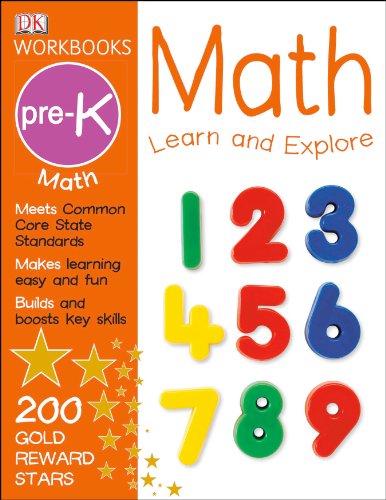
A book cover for DK Workbooks: Math, Pre-K; DK Publishing; Children's Books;